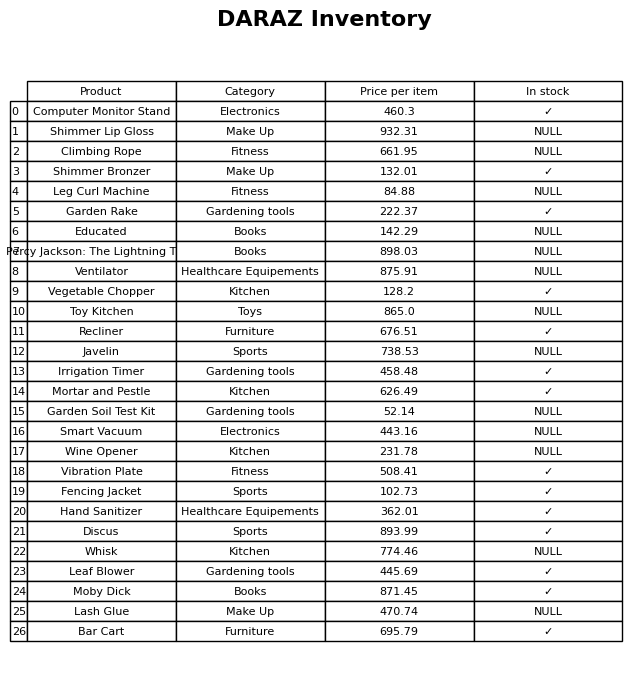
question: What is the price of the Lash Glue?
answer: The price of Lash Glue is 470.74.